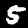
Digit: 5